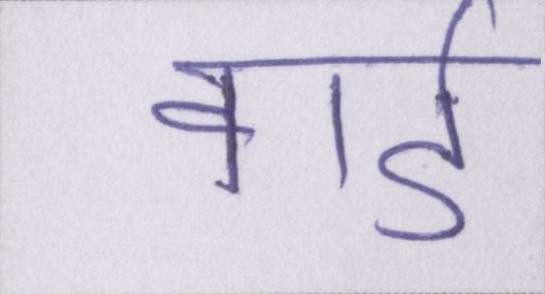
वार्ड